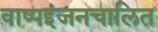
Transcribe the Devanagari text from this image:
वाष्पइंजनचालित